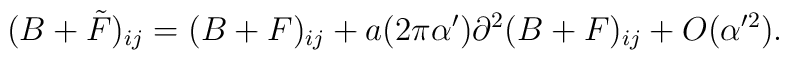
(B+ \tilde{F})_{ij}= (B+F)_{ij} + a (2 \pi \alpha') \partial^2 (B+F)_{ij}+ O(\alpha'^2).